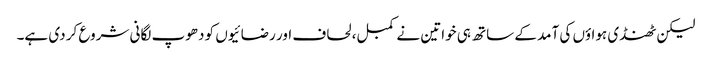
لیکن ٹھنڈی ہواؤں کی آمد کے ساتھ ہی خواتین نے کمبل، لحاف اور رضائیوں کو دھوپ لگانی شروع کر دی ہے۔